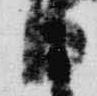
日